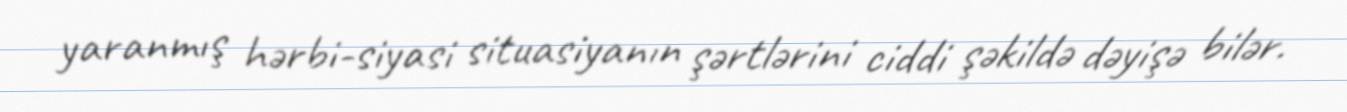
yaranmış hərbi-siyasi situasiyanın şərtlərini ciddi şəkildə dəyişə bilər.